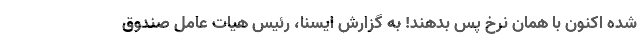
شده اکنون با همان نرخ پس بدهند! به گزارش ایسنا، رئیس هیات عامل صندوق